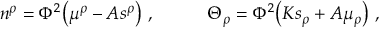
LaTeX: n ^ { \rho } = \Phi ^ { 2 } \big ( \mu ^ { \rho } - { \cal A } s ^ { \rho } \big ) \ , \qquad \quad \Theta _ { \rho } = \Phi ^ { 2 } \big ( { \cal K } s _ { \rho } + { \cal A } \mu _ { \rho } \big ) \ ,